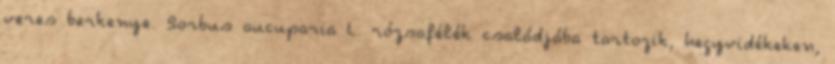
veres berkenye. Sorbus aucuparia L. rózsafélék családjába tartozik, hegyvidékeken,